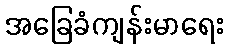
အခြေခံကျန်းမာရေး